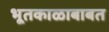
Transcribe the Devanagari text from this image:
भूतकाळाबाबत